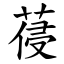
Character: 葠